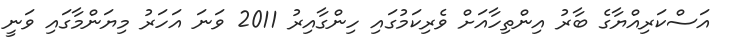
އަސްކަރިއްޔާގެ ބާރު އިންތިހާއަށް ވެރިކަމުގައި ހިންގާއިރު 2011 ވަނަ އަހަރު މިޔަންމާގައި ވަނީ